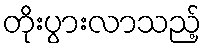
တိုးပွားလာသည့်